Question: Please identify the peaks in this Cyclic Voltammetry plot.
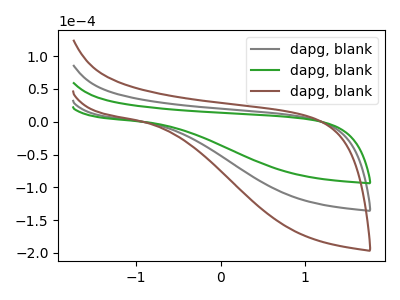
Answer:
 <answer>The gray curve "dapg, blank1" has no peaks. The green curve "dapg, blank2" has no peaks. The brown curve "dapg, blank3" has no peaks.</answer>
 <eval></eval>